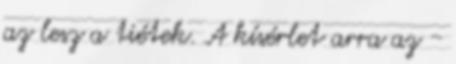
az lesz a tiétek. A kísérlet arra az -